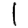
Digit: 1